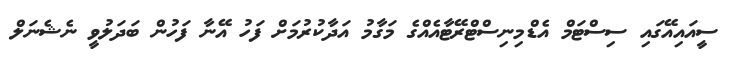
ސީއައިއޭގައި ސިސްޓަމް އެޑްމިނިސްޓްރޭޓާއެއްގެ މަގާމު އަދާކުރުމަށް ފަހު އޭނާ ފަހުން ބަދަލުވީ ނެޝެނަލް